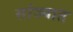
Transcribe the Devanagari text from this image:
सांज्यात